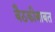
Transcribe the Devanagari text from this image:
बैठकीबाबत